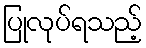
ပြုလုပ်ရသည့်